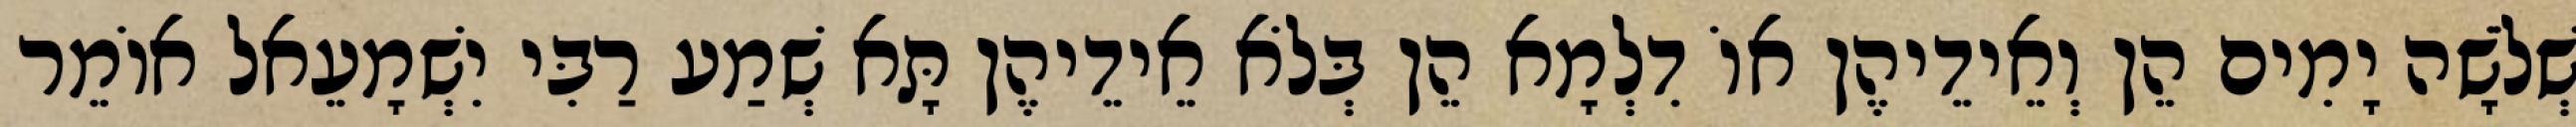
שְׁלֹשָׁה יָמִים הֵן וְאֵידֵיהֶן אוֹ דִלְמָא הֵן בְּלֹא אֵידֵיהֶן תָּא שְׁמַע רַבִּי יִשְׁמָעֵאל אוֹמֵר